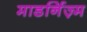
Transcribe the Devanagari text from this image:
माडर्निज़्म